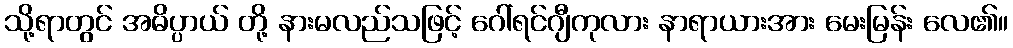
သို့ရာတွင် အဓိပ္ပာယ် တို့ နားမလည်သဖြင့် ဂေါ်ရင်ဂျီကုလား နာရာယားအား မေးမြန်း လေ၏။